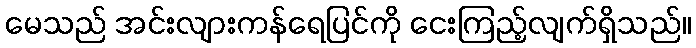
မေသည် အင်းလျားကန်ရေပြင်ကို ငေးကြည့်လျက်ရှိသည်။